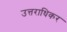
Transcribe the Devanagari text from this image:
उत्तराधिकर